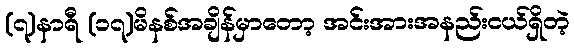
(၇)နာရီ (၁၇)မိနစ်အချိန်မှာတော့ အင်းအားအနည်းငယ်ရှိတဲ့